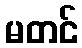
မတင်